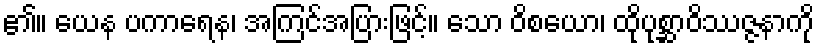
၏။ ယေန ပကာရေန၊ အကြင်အပြားဖြင့်။ သော ဝိစယော၊ ထိုပုစ္ဆာဝိဿဇ္ဇနာကို